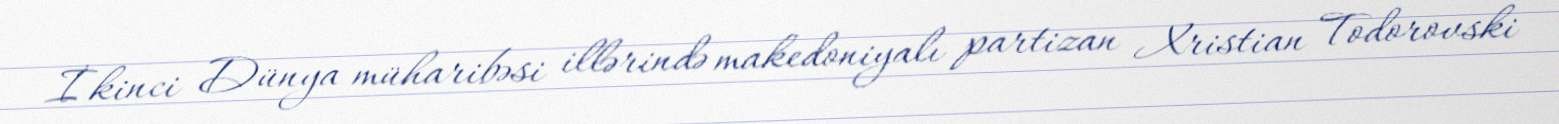
İkinci Dünya müharibəsi illərində makedoniyalı partizan Xristian Todorovski